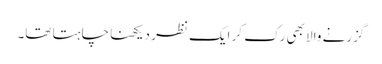
گزرنے والا بھی رک کر ایک نظر دیکھنا چاہتا تھا۔